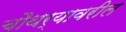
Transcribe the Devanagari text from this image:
चौथर्यावरील